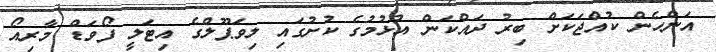
އަންހެން ކުއްޖަކަށް ބިރު ދައްކަން އުޅުމުގެ ކުށުގައި ލިވަޕޫލްގެ އިޓަލީ ފޯވަޑް މާރިއޯ